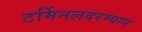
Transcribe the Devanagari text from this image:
टर्मिनलदरम्यान